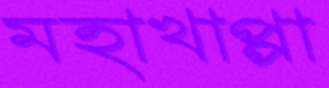
মহাখাপ্পা